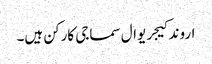
اروند کیجریوال سماجی کارکن ہیں۔